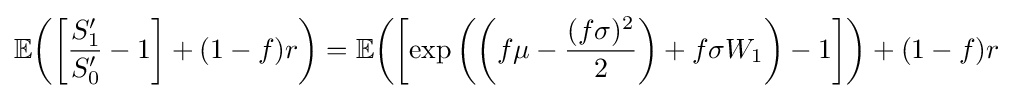
\mathbb {E} {\left(\left[{\frac {S'_{1}}{S'_{0}}}-1\right]+(1-f)r\right)}=\mathbb {E} {\left(\left[\exp \left(\left(f\mu -{\frac {(f\sigma )^{2}}{2}}\right)+f\sigma W_{1}\right)-1\right]\right)}+(1-f)r